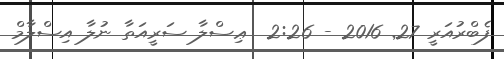
ފެބްރުއަރީ 27